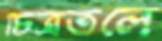
চিত্রতলে